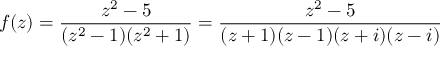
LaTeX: f ( z ) = { \frac { z ^ { 2 } - 5 } { ( z ^ { 2 } - 1 ) ( z ^ { 2 } + 1 ) } } = { \frac { z ^ { 2 } - 5 } { ( z + 1 ) ( z - 1 ) ( z + i ) ( z - i ) } }